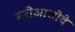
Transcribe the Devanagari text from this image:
मरीआसोवे